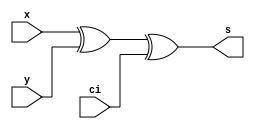
// AURELIUS JUSTIN YUSO LIM S11
`timescale 1ns / 1ps
module halfadder(s, x, y, ci);
    input x,y, ci;
    output s;

    xor(s, x, y, ci);
    
endmodule

module fulladder(s, co, x, y, ci);
    input x, y, ci;
    output s, co;
    wire w1, w2, w3;

    xor (w1, x, y);
    xor (s, w1, ci);

    and(w2,x, y); 
    and(w3, w1, ci);
    or (co, w3, w2);

endmodule

module PG(P,G,X,Y);
    input X, Y;
    output P, G;

    xor G1(P, X, Y);
    and G2(G,X,Y);

endmodule

module cla(S4, S3, C5, C4, C3, X, Y, C0);
    input [7:0] X,Y;
    input C0;
    wire C1, C2;
    wire P0, P1, P2, P3, P4, G0, G1, G2, G3, G4;
    wire S0, S1, S2;
    
    output C3, C4, C5;
    output S4, S3; 

    PG T1(P0, G0, X[0], Y[0]);
    PG T2(P1, G1, X[1], Y[1]);
    PG T3(P2, G2, X[2], Y[2]);
    PG T4(P3, G3, X[3], Y[3]);
    PG T5(P4, G4, X[4], Y[4]);

    assign
         C1 = G0 | (P0 & C0),
         C2 = G1 | (P1 & (G0 | (P0 & C0))),
         C3 = G2 | (P2 & (G1 | (P1 & (G0 | (P0 & C0))))),
         C4 = G3 | (P3 & (G2 | (P2 & (G1 | (P1 & (G0 | (P0 & C0))))))),
         C5 = G4 | (P4 & (G3 | (P3 & (G2 | (P2 & (G1 | (P1 & (G0 | (P0 & C0)))))))));

    assign 
        S0 = P0 ^ C0,
        S1 = P1 ^ C1,
        S2 = P2 ^ C2,
        S3 = P3 ^ C3,
        S4 = P4 ^ C4;

endmodule

module lima2 (S,C8,X,Y, C0);
    input [7:0] X,Y;
    input C0;
    wire C1, C2, C3, C4, C5, C6, C7;
    output [7:0] S;
    output C8;

    fulladder F1(S[0], C1, X[0], Y[0], C0);
    fulladder F2(S[1], C2, X[1], Y[1], C1);
    halfadder H3(S[2], X[2], Y[2], C2);

    cla F45(S[4], S[3], C5, C4, C3, X, Y, C0);

    fulladder F6(S[5], C6, X[5], Y[5], C5);
    fulladder F7(S[6], C7, X[6], Y[6], C6);
    fulladder F8(S[7], C8, X[7], Y[7], C7);

endmodule